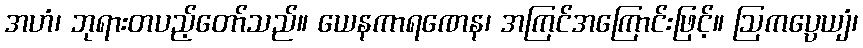
အဟံ၊ ဘုရားတပည့်တော်သည်။ ယေနကာရဏေန၊ အကြင်အကြောင်းဖြင့်။ ဩကပ္ပေယျံ၊